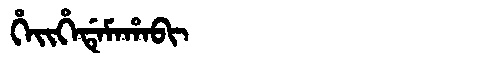
Manchu: ᡥᡝᡳᡥᡝᡩᡝᠮᠠᡥᠠᠪᡳ
Romanization: HEIHEDEMAHABI